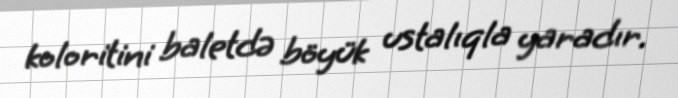
koloritini baletdə böyük ustalıqla yaradır.